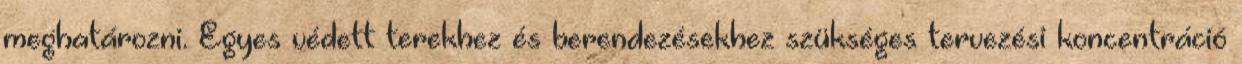
meghatározni. Egyes védett terekhez és berendezésekhez szükséges tervezési koncentráció